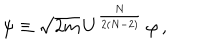
\psi \equiv \sqrt { 2 m } \, U ^ { \frac { N } { 2 ( N - 2 ) } } \, \varphi \, ,